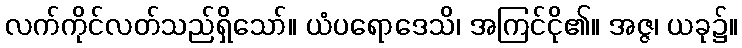
လက်ကိုင်လတ်သည်ရှိသော်။ ယံပရောဒေသိ၊ အကြင်ငို၏။ အဇ္ဇ၊ ယခု၌။